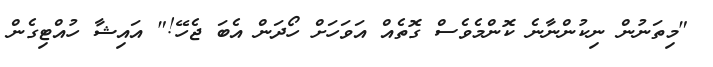
"މިތަނުން ނިކުންނާނެ ކޮންމެވެސް ގޮތެއް އަވަހަށް ހޯދަން އެބަ ޖެހޭ!" އައިޝާ ހުއްޓިގެން